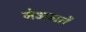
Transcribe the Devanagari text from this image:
नेअमतेें